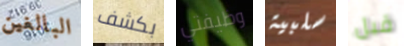
البالغين بكشف وظيفتي سلبية قبل